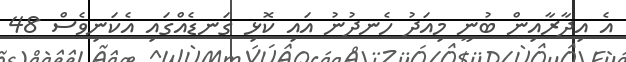
އެ އިދާރާއިން ބުނީ މިއަދު ހެނދުނު އައި ކޮޅި ގަނޑެއްގައި އެކަނިވެސް 48